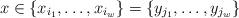
LaTeX: \begin{align*}x\in\{x_{i_1},\dotsc,x_{i_w}\}=\{y_{j_1},\dotsc,y_{j_w}\}\end{align*}